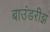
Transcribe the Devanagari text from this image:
बाउंडरीझ